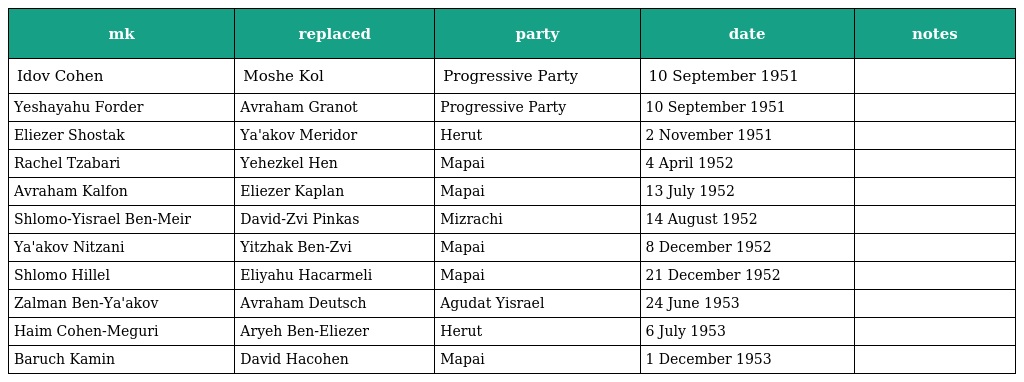
| mk | replaced | party | date | notes |
 | --- | --- | --- | --- | --- |
 | Idov Cohen | Moshe Kol | Progressive Party | 10 September 1951 |  |
 | Yeshayahu Forder | Avraham Granot | Progressive Party | 10 September 1951 |  |
 | Eliezer Shostak | Ya'akov Meridor | Herut | 2 November 1951 |  |
 | Rachel Tzabari | Yehezkel Hen | Mapai | 4 April 1952 |  |
 | Avraham Kalfon | Eliezer Kaplan | Mapai | 13 July 1952 |  |
 | Shlomo-Yisrael Ben-Meir | David-Zvi Pinkas | Mizrachi | 14 August 1952 |  |
 | Ya'akov Nitzani | Yitzhak Ben-Zvi | Mapai | 8 December 1952 |  |
 | Shlomo Hillel | Eliyahu Hacarmeli | Mapai | 21 December 1952 |  |
 | Zalman Ben-Ya'akov | Avraham Deutsch | Agudat Yisrael | 24 June 1953 |  |
 | Haim Cohen-Meguri | Aryeh Ben-Eliezer | Herut | 6 July 1953 |  |
 | Baruch Kamin | David Hacohen | Mapai | 1 December 1953 |  |